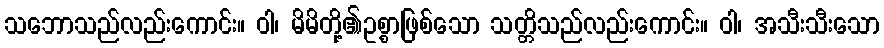
သဘောသည်လည်းကောင်း။ ဝါ၊ မိမိတို့၏ဥစ္စာဖြစ်သော သတ္တိသည်လည်းကောင်း။ ဝါ၊ အသီးသီးသော